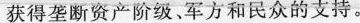
获得垄断资产阶级、军方和民众的支持。